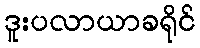
ဒူးပလာယာခရိုင်